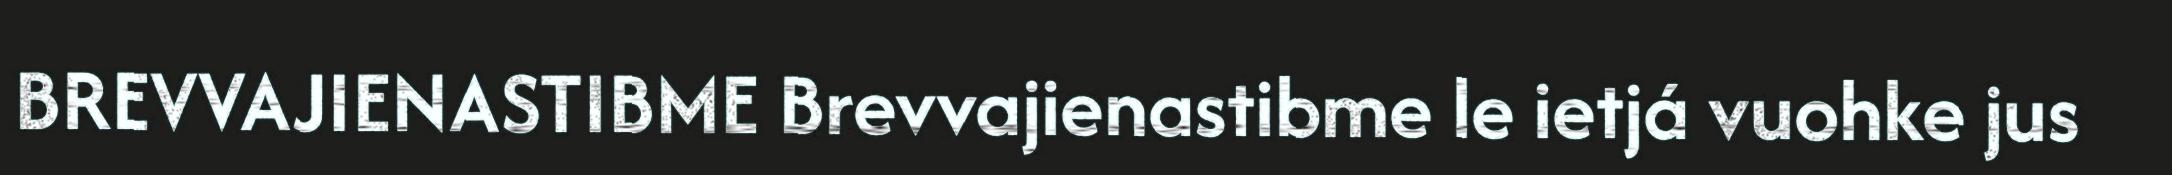
BREVVAJIENASTIBME Brevvajienastibme le ietjá vuohke jus